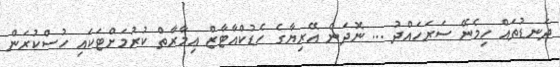
ދަނޑުތައް ހިމެނޭ ސަރަހައްދު ... ނޮދަން އޭރިޔާގެ ހެޑުކްއާޓާޒް ޢިމާރާތް ކުރުމަށްޓަކައި ހުސްކުރަން